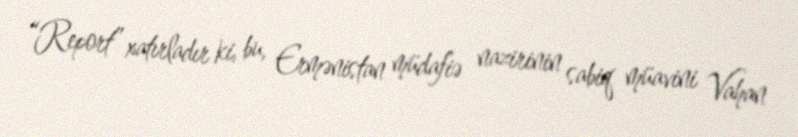
“Report” xatırladır ki, bu, Ermənistan müdafiə nazirinin sabiq müavini Vahan